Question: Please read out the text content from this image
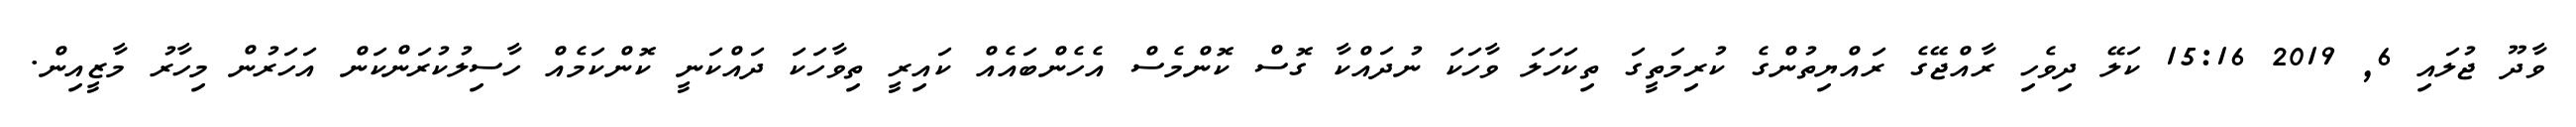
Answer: ވާދޫ ޖުލައި 6, 2019 15:16 ކަލޭ ދިވެހި ރާއްޖޭގެ ރައްޔިތުންގެ ކުރިމަތީގަ ތިކަހަލަ ވާހަކަ ނުދައްކާ ގޮސް ކޮންމެސް އެހެންބައެއް ކައިރީ ތިވާހަކަ ދައްކަނީ ކޮންކަމެއް ހާސިލުކުރަންކަން އަހަރުން މިހާރު މާޒީއިން.